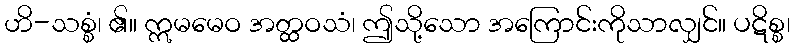
ဟိ-သစ္စံ၊ ၏။ ဣမမေဝ အတ္ထဝသံ၊ ဤသို့သော အကြောင်းကိုသာလျှင်။ ပဋိစ္စ၊